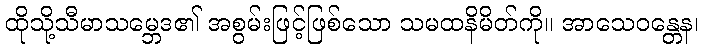
ထိုသို့သီမာသမ္ဘေဒ၏ အစွမ်းဖြင့်ဖြစ်သော သမထနိမိတ်ကို။ အာသေဝန္တေန၊